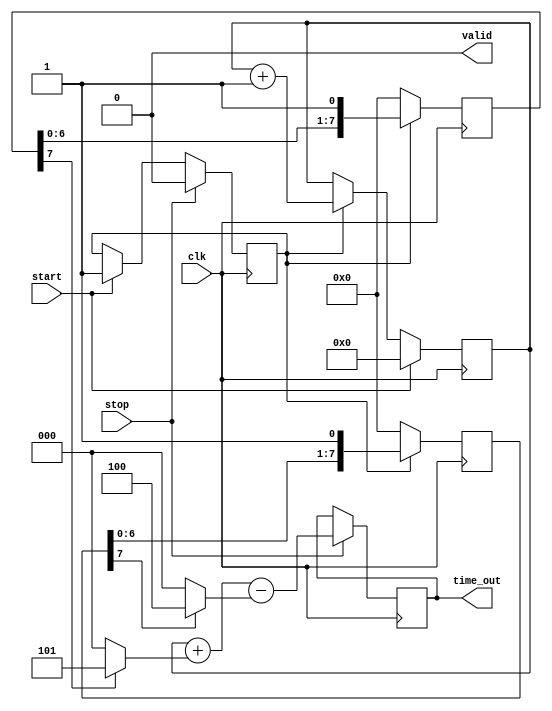
module TDC_Vernier_Delay_Line (
    input wire clk,                // System clock
    input wire start,              // Start signal
    input wire stop,               // Stop signal
    output reg [N-1:0] time_out,   // Time measurement output
    output reg valid               // Output valid signal
);
    parameter N = 16;              // Number of bits for output
    parameter DELAY_STAGES = 8;    // Number of delay stages in each line
    parameter DELAY_A = 5;          // Delay for Delay Line A (in clock cycles)
    parameter DELAY_B = 4;          // Delay for Delay Line B (in clock cycles)

    reg [DELAY_STAGES-1:0] delay_line_a; // Delay Line A
    reg [DELAY_STAGES-1:0] delay_line_b; // Delay Line B
    reg [N-1:0] counter;            // Counter for clock cycles
    reg measuring;                  // Flag to indicate measuring state

    // Initialize outputs
    initial begin
        time_out = 0;
        valid = 0;
        measuring = 0;
        counter = 0;
        delay_line_a = 0;
        delay_line_b = 0;
    end

    // Delay Line A
    always @(posedge clk) begin
        if (measuring) begin
            delay_line_a <= {delay_line_a[DELAY_STAGES-2:0], 1'b1}; // Shift in a '1'
        end else begin
            delay_line_a <= 0; // Reset when not measuring
        end
    end

    // Delay Line B
    always @(posedge clk) begin
        if (measuring) begin
            delay_line_b <= {delay_line_b[DELAY_STAGES-2:0], 1'b1}; // Shift in a '1'
        end else begin
            delay_line_b <= 0; // Reset when not measuring
        end
    end

    // Counter Logic
    always @(posedge clk) begin
        if (start) begin
            measuring <= 1; // Start measuring
            counter <= 0;   // Reset counter
        end else if (measuring) begin
            counter <= counter + 1; // Increment counter
        end
        
        if (stop) begin
            measuring <= 0; // Stop measuring
            valid <= 1;     // Indicate valid output
            // Combine counter with delay line outputs
            time_out <= counter + (delay_line_a[DELAY_STAGES-1] ? DELAY_A : 0) - (delay_line_b[DELAY_STAGES-1] ? DELAY_B : 0);
        end
    end

    // Reset valid signal after reading
    always @(posedge clk) begin
        if (valid) begin
            valid <= 0; // Reset valid signal after reading
        end
    end

endmodule